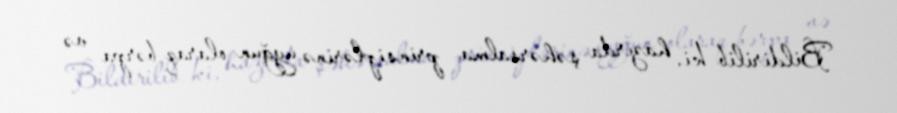
Bildirilib ki, hazırda şəhərsalma prinsiplərinə uyğun olaraq bərpa və